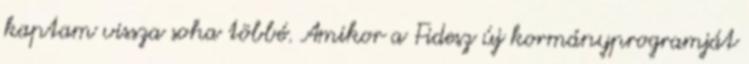
kaptam vissza soha többé. Amikor a Fidesz új kormányprogramját